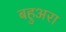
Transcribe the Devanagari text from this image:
बहुअरा